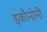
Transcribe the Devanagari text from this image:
इकौनोमी